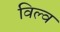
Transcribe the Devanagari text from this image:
विल्व